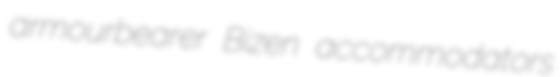
armourbearer Bizen accommodators